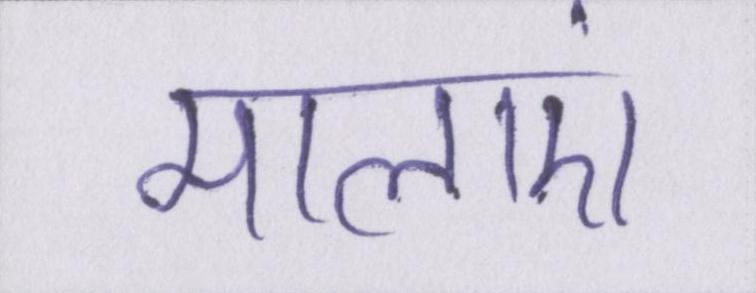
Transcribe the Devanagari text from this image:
मालाएं